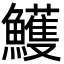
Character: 鱯